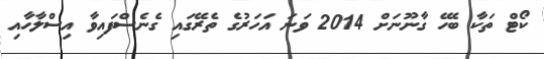
ކޯޓް ތަކާ ބެހޭ ގާނޫނަށް 2014 ވަަނަ އަހަރުގެ ތެރޭގައި ގެނެސްފައިވާ އިސްލާހާއި